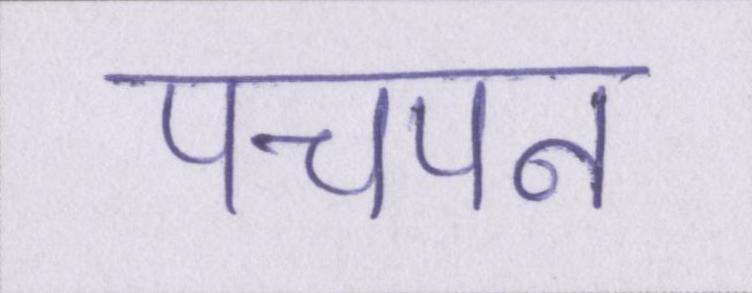
पचपन